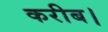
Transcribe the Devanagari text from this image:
करीब।